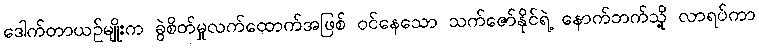
ဒေါက်တာယဉ်မျိုးက ခွဲစိတ်မှုလက်ထောက်အဖြစ် ဝင်နေသော သက်ဇော်နိုင်ရဲ့ နောက်ဘက်သို့ လာရပ်ကာ